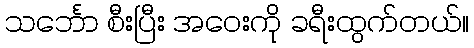
သင်္ဘော စီးပြီး အဝေးကို ခရီးထွက်တယ်။